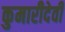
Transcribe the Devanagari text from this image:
कुमारीदेवी